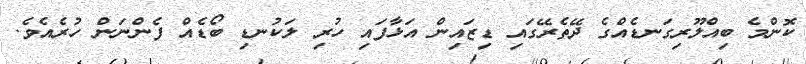
ކޮންމެ ބިއްލޫރިގަނޑެއްގެ ދޭތެރޭގައި ޑިޒައިން އަޅާފައި ހުރި ލަކުނޑި ބޯޑެއް ފެންނަން ހުރެއެވެ.